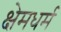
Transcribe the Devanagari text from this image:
क्षेमधर्म